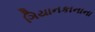
ગિયાનકાનાના